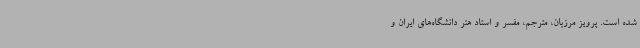
شده است. پرویز مرزبان، مترجم، مفسر و استاد هنر دانشگاه‌های ایران و